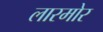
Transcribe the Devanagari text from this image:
लारमोर